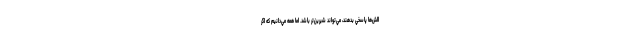
الش‌ها پاسخي بدهند، مي‌تواند شيرين‌تر باشد. اما همه مي‌دانيم كه اگر